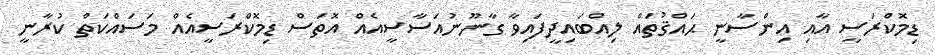
ޑިމޮކްރަސީ އާއި އިންސާނީ ޙައްޤުތައް ލިއްބައިދީފައިވާ ގާނޫނުއަސާސީއެއް އޮތަސް ޑިމޮކްރަސީއެއް މަސައްކަތް ކުރާނީ